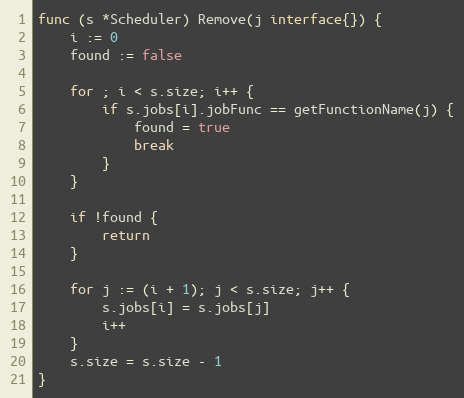
Language: Go
func (s *Scheduler) Remove(j interface{}) {
	i := 0
	found := false

	for ; i < s.size; i++ {
		if s.jobs[i].jobFunc == getFunctionName(j) {
			found = true
			break
		}
	}

	if !found {
		return
	}

	for j := (i + 1); j < s.size; j++ {
		s.jobs[i] = s.jobs[j]
		i++
	}
	s.size = s.size - 1
}